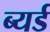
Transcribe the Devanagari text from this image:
ब्यर्ड